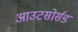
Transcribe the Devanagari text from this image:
आउटसोर्सड